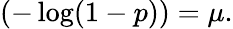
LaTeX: (-\log(1-p))=\mu.